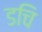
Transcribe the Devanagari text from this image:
डचि